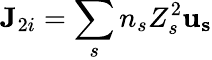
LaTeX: {\mathbf{J}}_{2i}=\sum_{s}n_{s}Z_{s}^{2}{\mathbf{u_{s}}}